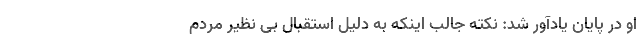
او در پایان یادآور شد: نکته جالب اینکه به دلیل استقبال بی نظیر مردم